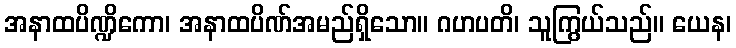
အနာထပိဏ္ဍိကော၊ အနာထပိဏ်အမည်ရှိသော။ ဂဟပတိ၊ သူကြွယ်သည်။ ယေန၊